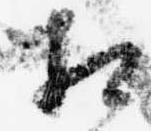
相